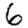
Digit: 6